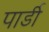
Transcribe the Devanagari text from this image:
पार्डी